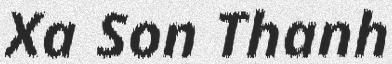
Xa Son Thanh